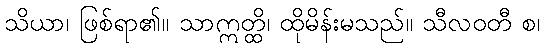
သိယာ၊ ဖြစ်ရာ၏။ သာဣတ္ထိ၊ ထိုမိန်းမသည်။ သီလဝတီ စ၊